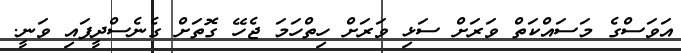
އަވަސްގެ މަސައްކަތް ވަރަށް ސަޅި ވަރަށް ހިތްހަމަ ޖެހޭ ގޮތަށް ގެނެސްދީފައި ވަނީ.